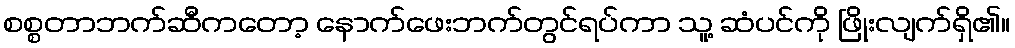
စစ္စတာဘက်ဆီကတော့ နောက်ဖေးဘက်တွင်ရပ်ကာ သူ့ ဆံပင်ကို ဖြိုးလျက်ရှိ၏။